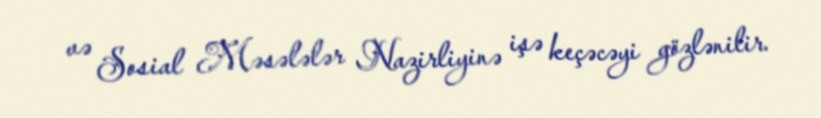
və Sosial Məsələlər Nazirliyinə işə keçəcəyi gözlənilir.